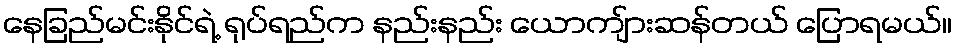
နေခြည်မင်းနိုင်ရဲ့ ရုပ်ရည်က နည်းနည်း ယောကျ်ားဆန်တယ် ပြောရမယ်။